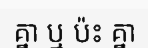
គ្នា ឬ ប៉ះ គ្នា